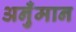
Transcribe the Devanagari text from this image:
अनुँमान